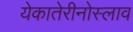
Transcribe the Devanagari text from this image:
येकातेरीनोस्लाव